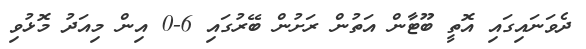
ދެވަނައިގައި އޮތީ ބޫޓާން އަތުން ރަށުން ބޭރުގައި 6-0 އިން މިއަދު މޮޅުވި